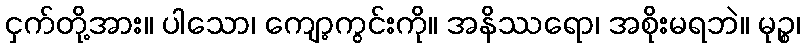
ငှက်တို့အား။ ပါသော၊ ကျော့ကွင်းကို။ အနိဿရော၊ အစိုးမရဘဲ။ မုဉ္စ၊